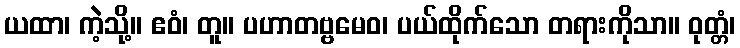
ယထာ၊ ကဲ့သို့။ ဧဝံ၊ တူ။ ပဟာတဗ္ဗမေဝ၊ ပယ်ထိုက်သော တရားကိုသာ။ ဝုတ္တံ၊